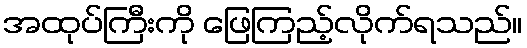
အထုပ်ကြီးကို ဖြေကြည့်လိုက်ရသည်။